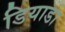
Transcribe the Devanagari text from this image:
डियाडा